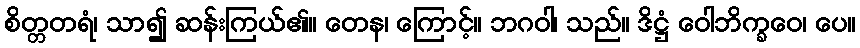
စိတ္တတရံ၊ သာ၍ ဆန်းကြယ်၏။ တေန၊ ကြောင့်။ ဘဂဝါ၊ သည်။ ဒိဋ္ဌံ ဝေါဘိက္ခဝေ၊ ပေ။